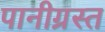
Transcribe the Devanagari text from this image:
पानीग्रस्त